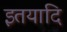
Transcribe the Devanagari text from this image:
इतयादि